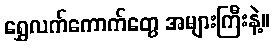
ရွှေလက်ကောက်တွေ အများကြီးနဲ့။